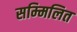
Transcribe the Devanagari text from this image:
सम्‍मिलित